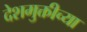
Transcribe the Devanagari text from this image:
देशमुक्तीच्या